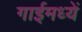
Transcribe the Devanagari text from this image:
गाईमध्यें